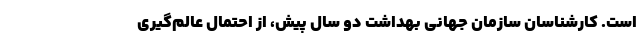
است. کارشناسان سازمان جهانی بهداشت دو سال پیش، از احتمال عالم‌گیری